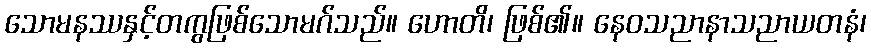
သောမနဿနှင့်တကွဖြစ်သောမဂ်သည်။ ဟောတိ၊ ဖြစ်၏။ နေဝသညာနာသညာယတနံ၊